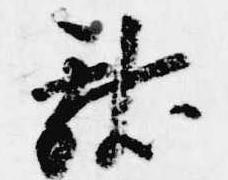
献